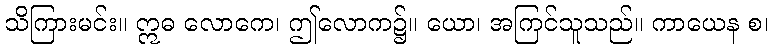
သိကြားမင်း။ ဣဓ လောကေ၊ ဤလောက၌။ ယော၊ အကြင်သူသည်။ ကာယေန စ၊